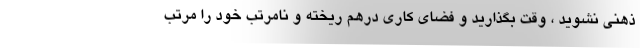
ذهنی نشوید ، وقت بگذارید و فضای کاری درهم ریخته و نامرتب خود را مرتب